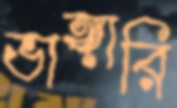
ভাঙ্গারি